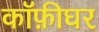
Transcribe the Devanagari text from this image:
कॉफ़ीघर